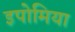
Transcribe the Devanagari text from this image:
इपोमिया